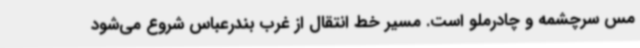
مس سرچشمه و چادرملو است. مسیر خط انتقال از غرب بندرعباس شروع می‌شود